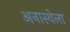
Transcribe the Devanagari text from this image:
अनास्थेला